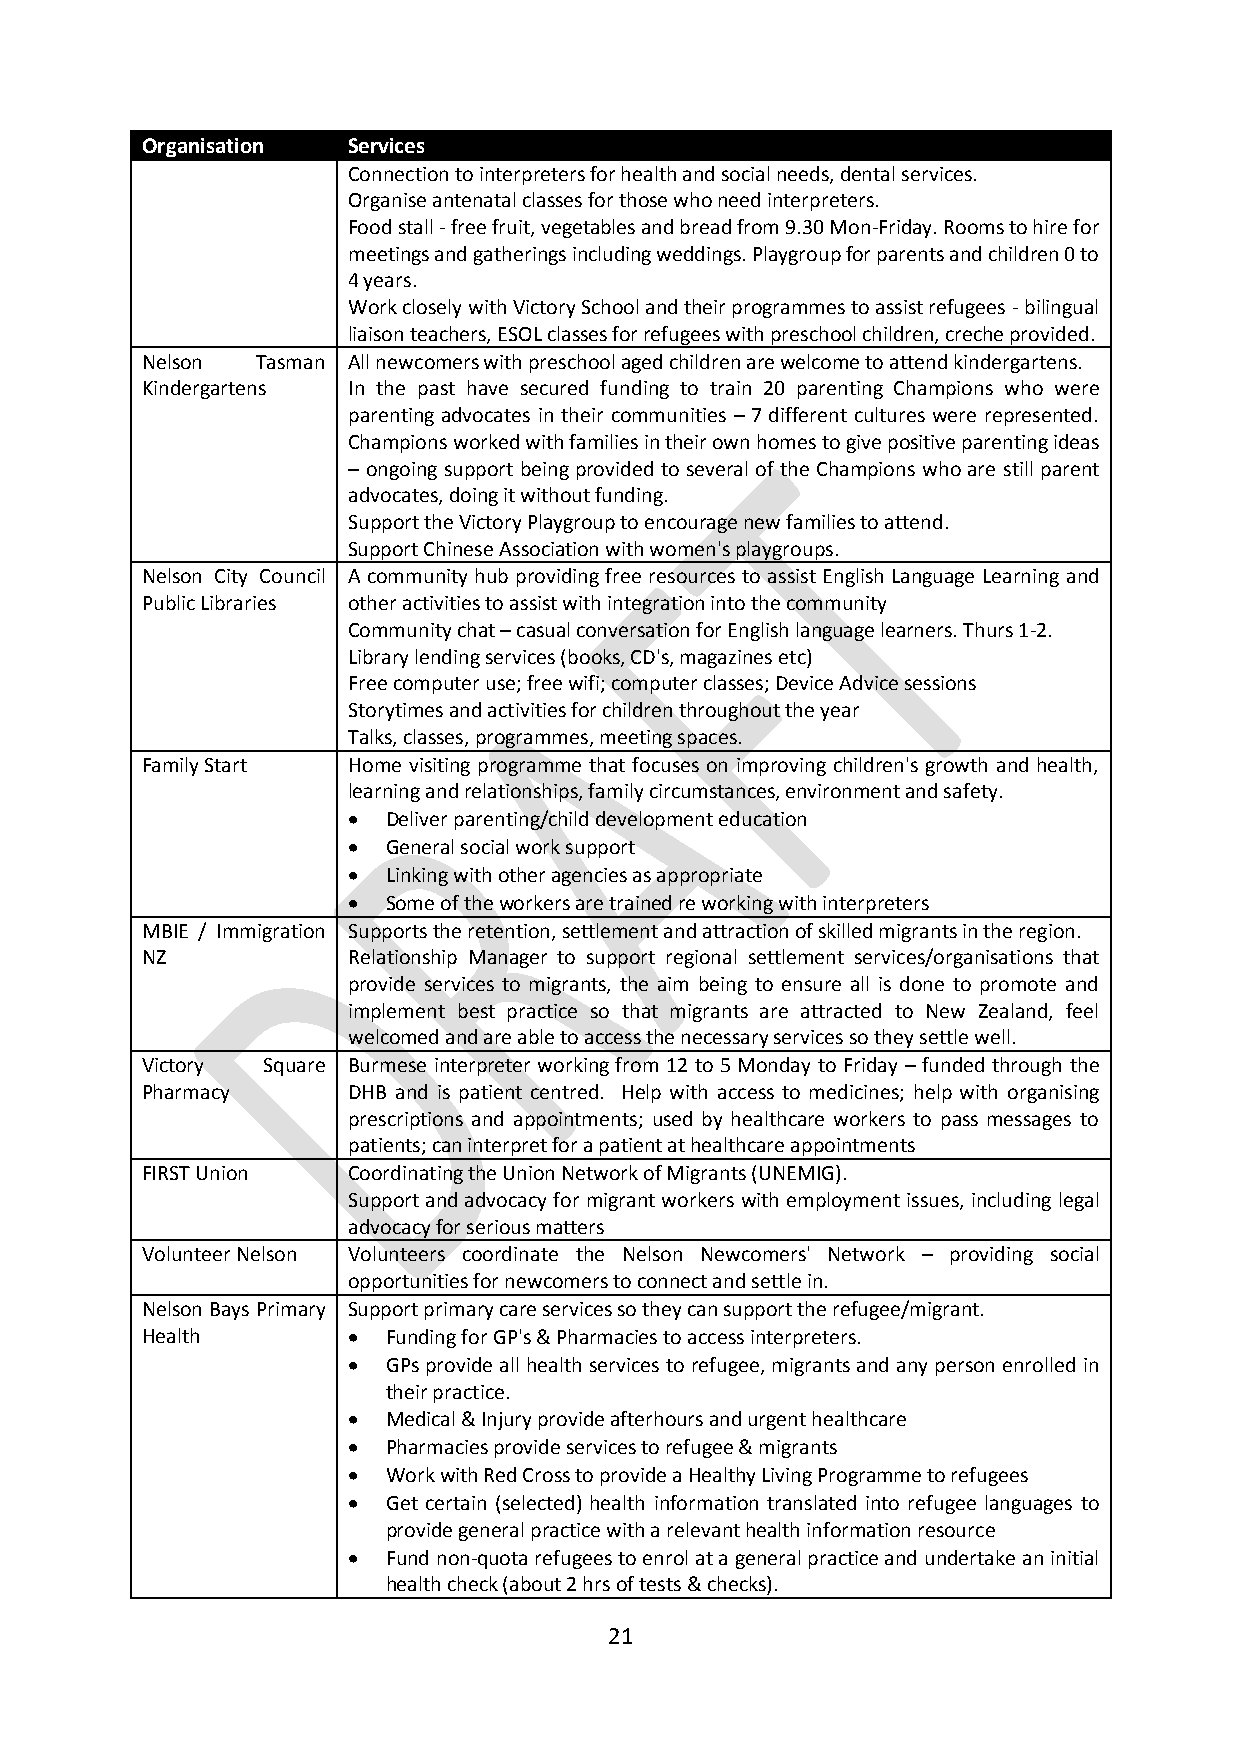
Organisation  Services
 Connection to interpreters for health and social needs, dental services.
 Organise antenatal classes for those who need interpreters.
 Food stall - free fruit, vegetables and bread from 9.30 Mon-Friday. Rooms to hire for
 meetings and gatherings including weddings. Playgroup for parents and children 0 to
 4 years.
 Work closely with Victory School and their programmes to assist refugees - bilingual
 liaison teachers, ESOL classes for refugees with preschool children, creche provided.
 Nelson  Tasman All newcomers with preschool aged children are welcome to attend kindergartens.
 Kindergartens In the past have secured funding to train 20 parenting Champions who were
 parenting advocates in their communities – 7 different cultures were represented.
 Champions worked with families in their own homes to give positive parenting ideas
 – ongoing support being provided to several of the Champions who are still parent
 advocates, doing it without funding.
 Support the Victory Playgroup to encourage new families to attend.
 Support Chinese Association with women's playgroups.
 Nelson City Council A community hub providing free resources to assist English Language Learning and
 Public Libraries other activities to assist with integration into the community
 Community chat – casual conversation for English language learners. Thurs 1-2.
 Library lending services (books, CD's, magazines etc)
 Free computer use; free wifi; computer classes; Device Advice sessions
 Storytimes and activities for children throughout the year
 Talks, classes, programmes, meeting spaces.
 Family Start  Home visiting programme that focuses on improving children's growth and health,
 learning and relationships, family circumstances, environment and safety.
   Deliver parenting/child development education
   General social work support
   Linking with other agencies as appropriate
   Some of the workers are trained re working with interpreters
 MBIE / Immigration Supports the retention, settlement and attraction of skilled migrants in the region.
 NZ            Relationship Manager to support regional settlement services/organisations that
 provide services to migrants, the aim being to ensure all is done to promote and
 implement best practice so that migrants are attracted to New Zealand, feel
 welcomed and are able to access the necessary services so they settle well.
 Victory Square Burmese interpreter working from 12 to 5 Monday to Friday – funded through the
 Pharmacy      DHB and is patient centred. Help with access to medicines; help with organising
 prescriptions and appointments; used by healthcare workers to pass messages to
 patients; can interpret for a patient at healthcare appointments
 FIRST Union   Coordinating the Union Network of Migrants (UNEMIG).
 Support and advocacy for migrant workers with employment issues, including legal
 advocacy for serious matters
 Volunteer Nelson Volunteers coordinate the Nelson Newcomers' Network – providing social
 opportunities for newcomers to connect and settle in.
 Nelson Bays Primary Support primary care services so they can support the refugee/migrant.
 Health          Funding for GP's & Pharmacies to access interpreters.
   GPs provide all health services to refugee, migrants and any person enrolled in
 their practice.
   Medical & Injury provide afterhours and urgent healthcare
   Pharmacies provide services to refugee & migrants
   Work with Red Cross to provide a Healthy Living Programme to refugees
   Get certain (selected) health information translated into refugee languages to
 provide general practice with a relevant health information resource
   Fund non-quota refugees to enrol at a general practice and undertake an initial
 health check (about 2 hrs of tests & checks).
 21